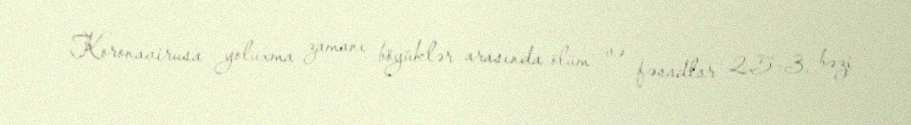
Koronavirusa yoluxma zamanı böyüklər arasında ölüm və fəsadlar 2.5-3, bəzi